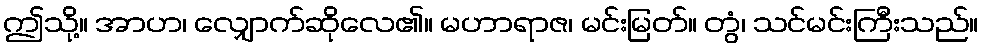
ဤသို့။ အာဟ၊ လျှောက်ဆိုလေ၏။ မဟာရာဇ၊ မင်းမြတ်။ တွံ၊ သင်မင်းကြီးသည်။